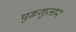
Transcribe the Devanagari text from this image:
षुक्रग़ुज़ार